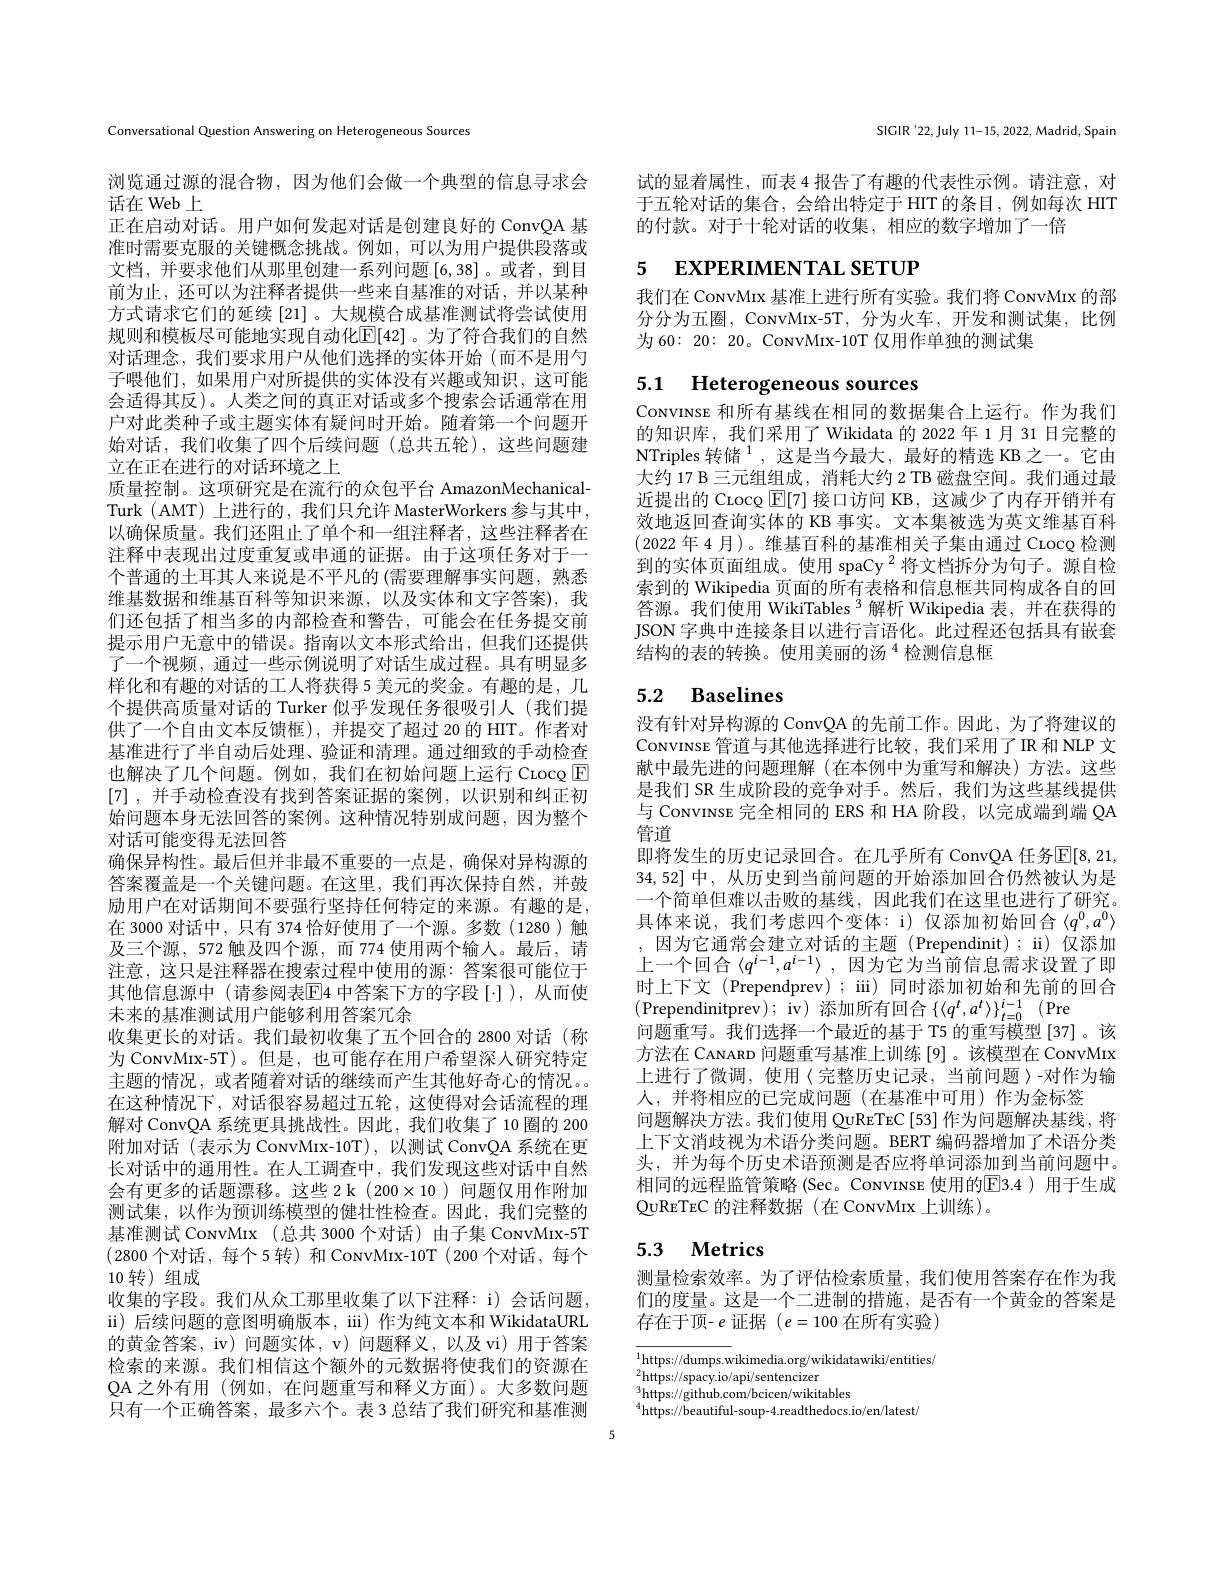
Conversational Question Answering on Heterogeneous Sources

浏览通过源的混合物，因为他们会做一个典型的信息寻求会
话在 Web 上
正在启动对话。用户如何发起对话是创建良好的 ConvQA 基准时需要克服的关键概念挑战。例如，可以为用户提供段落或文档，并要求他们从那里创建一系列问题[6,38]。或者，到目前为止，还可以为注释者提供一些来自基准的对话，并以某种方式请求它们的延续[21] 。大规模合成基准测试将尝试使用规则和模板尽可能地实现自动化$\mathbb{E}[42]$。为了符合我们的自然对话理念，我们要求用户从他们选择的实体开始(而不是用勺子喂他们，如果用户对所提供的实体没有兴趣或知识，这可能会适得其反)。人类之间的真正对话或多个搜索会话通常在用户对此类种子或主题实体有疑问时开始。随着第一个问题开始对话，我们收集了四个后续问题(总共五轮),这些问题建立在正在进行的对话环境之上
质量控制。这项研究是在流行的众包平台 AmazonMechanicalTurk (AMT) 上进行的，我们只允许 MasterWorkers 参与其中， 以确保质量。我们还阻止了单个和一组注释者，这些注释者在注释中表现出讨度重复或串通的让据。由于汶项任务对于一个普通的土耳其人来说是不平凡的 (需要理解事实问题，熟悉维基数据和维基百科等知识来源，以及实体和文字答案),我们还包括了相当多的内部检查和警告，可能会在任务提交前提示用户无意中的错误。指南以文本形式给出，但我们还提供了一个视频，通过一些示例说明了对话生成过程。具有明显多样化和有趣的对话的工人将获得 5 美元的奖金。有趣的是，几个提供高质量对话的 Turker 似乎发现任务很吸引人 (我们提供了一个自由文本反馈框),并提交了超过 20 的 HIT。作者对基准进行了半自动后处理、验证和清理。通过细致的手动检查也解决了几个问题。例如，我们在初始问题上运行 Crocq $\operatorname{E}$ [7],并手动检查没有找到答案证据的案例，以识别和纠正初始问题本身无法回答的案例。这种情况特别成问题，因为整个对话可能变得无法回答
确保异构性。最后但并非最不重要的一点是，确保对异构源的答案覆盖是一个关键问题。在这里，我们再次保持自然，并鼓励用户在对话期间不要强行坚持任何特定的来源。有趣的是， 在 3000 对话中，只有 374 恰好使用了一个源。多数(1280)触及三个源，572 触及四个源，而 774 使用两个输人。最后，请注意，这只是注释器在搜索过程中使用的源：答案很可能位于其他信息源中 (请参阅表$\mathbb{E}$4 中答案下方的字段[·]),从而使未来的基准测试用户能够利用答案冗余
收集更长的对话。我们最初收集了五个回合的 2800 对话(称为 ConvMıx-5T)。但是，也可能存在用户希望深入研究特定主题的情况，或者随着对话的继续而产生其他好奇心的情况。在这种情况下，对话很容易超过五轮，这使得对会话流程的理解对 ConvQA 系统更具挑战性。因此，我们收集了 10 圈的 200附加对话(表示为 CowvMıx-10T),以测试 ConvQA 系统在更长对话中的通用性。在人工调查中，我们发现这些对话中自然会有更多的话题漂移。这些 2 k (200×10) 问题仅用作附加测试集，以作为预训练模型的健壮性检查。因此，我们完整的基准测试 ConvMrx (总共 3000 个对话) 由子集 ConvMIx-5T (2800 个对话，每个5转) 和 ConvMıx-10T (200 个对话，每个10 转)组成
收集的字段。我们从众工那里收集了以下注释：i) 会话问题， ii) 后续问题的意图明确版本，ii) 作为纯文本和 WikidataURL 的黄金答案，iv) 问题实体，v) 问题释义，以及 vi) 用于答案检索的来源。我们相信这个额外的元数据将使我们的资源在QA 之外有用 (例如，在问题重写和释义方面)。大多数问题只有一个正确答案，最多六个。表 3 总结了我们研究和基准测

SIGIR'22, July 11-15, 2022, Madrid, Spain

试的显着属性，而表 4 报告了有趣的代表性示例。请注意，对于五轮对话的集合，会给出特定于 HIT 的条目，例如每次 HIT 的付款。对于十轮对话的收集，相应的数字增加了一倍

# 5 EXPERIMENTAL SETUP

我们在 CowvMıx 基准上进行所有实验。我们将 CowvMıx 的部分分为五圈，CowvMrx-5T, 分为火车，开发和测试集，比例为 60: 20: 20。ConvMıx-10T 仅用作单独的测试集

# 5.1 Heterogeneous sources

Convınse 和所有基线在相同的数据集合上运行。作为我们的知识库，我们采用了Wikidata 的 2022年 1月 31 日完整的NTriples 转储$^{1}$,这是当今最大，最好的精选 KB 之一。它由大约 17 B 三元组组成 , 消耗大约 2 TB 磁盘空间。我们通过最近提出的 Crocg $\boxed{\mathrm{E}}[7]$接口访问 KB, 这减少了内存开销并有效地返回查询实体的 KB 事实。文本集被选为英文维基百科(2022 年 4 月)。维基百科的基准相关子集由通过 Crocg 检测到的实体页面组成。使用 spaCy $^{2}$将文档拆分为句子。源自检索到的 Wikipedia 页面的所有表格和信息框共同构成各自的回答源。我们使用 WikiTables $^{3}$解析 Wikipedia 表，并在获得的JSON 字典中连接条目以进行言语化。此过程还包括具有嵌套结构的表的转换。使用美丽的汤$^{4}$检测信息框

# 5.2 Baselines

没有针对异构源的 ConvQA 的先前工作。因此，为了将建议的Convınse 管道与其他选择进行比较，我们采用了IR 和 NLP 文献中最先进的问题理解(在本例中为重写和解决)方法。这些是我们 SR 生成阶段的竞争对手。然后，我们为这些基线提供与 ConvINSE 完全相同的 ERS 和 HA 阶段，以完成端到端 QA 管道
即将发生的历史记录回合。在几乎所有 ConvQA 任务$\overline{\mathbb{E}}[8,21$, 34,52] 中，从历史到当前问题的开始添加回合仍然被认为是一个简单但难以击败的基线，因此我们在这里也进行了研究。具体来说，我们考虑四个变体：i) 仅添加初始回合$\langle q^0,a^0\rangle$ ,因为它通常会建立对话的主题(Prependinit);ii)仅添加上一个回合$\left\langle q^i-1,a^{i-1}\right\rangle$,因为它为当前信息需求设置了即时上下文 (Prependprev) ; ii) 同时添加初始和先前的回合(Prependinitprev);iv)添加所有回合$\left \{ \langle q^t, a^t\rangle \right \} _t= 0^{i- 1}$ (Pre
问题重写。我们选择一个最近的基于 T5 的重写模型 [37] 。该方法在 CANARD 问题重写基准上训练 [9]。该模型在 ConvMıx 上进行了微调，使用〈完整历史记录，当前间题〉-对作为输人，并将相应的已完成问题(在基准中可用)作为金标签
问题解决方法。我们使用 QuReTEC[53] 作为问题解决基线，将上下文消歧视为术语分类问题。BERT 编码器增加了术语分类头，并为每个历史术语预测是否应将单词添加到当前问题中。相同的远程监管策略(Sec。Convınse 使用的$\overline{\mathrm{E}}$3.4)用于生成$\textcircled{\mathrm{URETEC}}$的注释数据(在ConvMIx上训练)。

# 5.3 Metrics

测量检索效率。为了评估检索质量，我们使用答案存在作为我们的度量。这是一个二进制的措施，是否有一个黄金的答案是存在于顶- $e$证据($e=100$在所有实验)

${\overline{^{1}\text{https://dumps.w}}\text{ikimedia.org/wikidatawiki/entities/}}$
https: / / spacy. io/ api/ sentencizer $^{3}$https: / / github. com/ bcicen/ wikitables
$^4$https://beautiful-soup-4.readthedocs.io/en/latest/